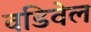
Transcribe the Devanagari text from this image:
वडिवेल